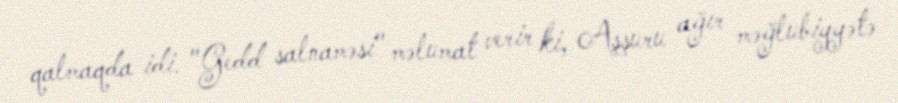
qalmaqda idi. "Gedd salnaməsi" məlumat verir ki, Aşşuru ağır məğlubiyyətə